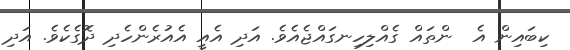
ކިބައިން އެ  ންތައް ގެއްލިހިނގައްޖެއެވެ. އަދި އެއީ އެއުރެންހެދި ދޮގެކެވެ. އަދި